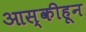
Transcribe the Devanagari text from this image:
आस्कीहून